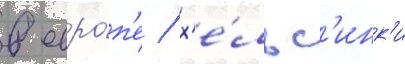
в евро́п'е / х'е́льс'инк'и